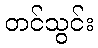
တင်သွင်း